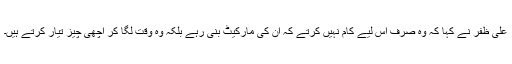
علی ظفر نے کہا کہ وہ صرف اس لیے کام نہیں کرتے کہ ان کی مارکیٹ بنی رہے بلکہ وہ وقت لگا کر اچھی چیز تیار کرتے ہیں۔